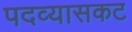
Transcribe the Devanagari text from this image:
पदव्यासकट